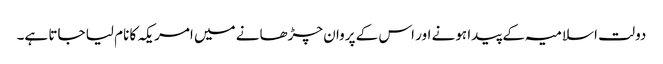
دولت اسلامیہ کے پیدا ہونے اور اس کے پروان چڑھانے میں امریکہ کا نام لیا جاتا ہے۔